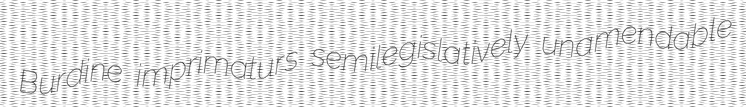
Burdine imprimaturs semilegislatively unamendable